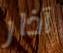
آذار